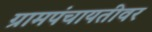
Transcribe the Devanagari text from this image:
ग्रामपंचायतीवर